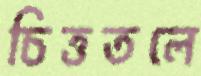
চিত্ততলে